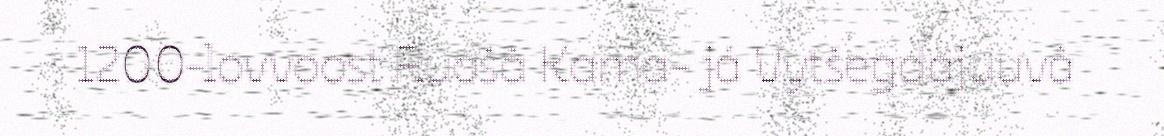
1200-lovvoost Ruošâ Kama- já Vytšegdajuuvâ